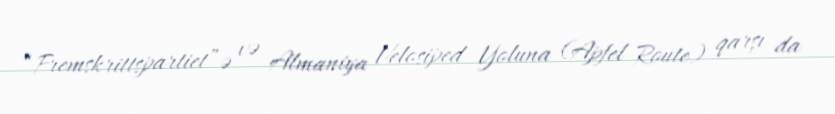
“Fremskrittspartiet”ə və Almaniya Velosiped Yoluna (Apfel Route) qarşı da